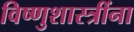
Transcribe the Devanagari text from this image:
विष्णुशास्त्रींना